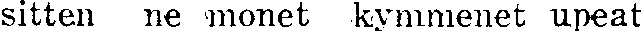
sitten ne monet kymmenet upeat